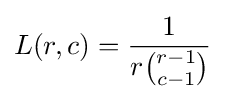
L(r,c)={\frac {1}{r{r-1 \choose c-1}}}